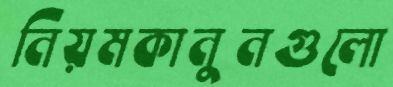
নিয়মকানুনগুলো